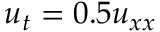
u _ { t } = 0 . 5 u _ { x x }